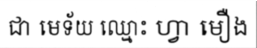
ជា មេទ័យ ឈ្មោះ ហ្វា មឿង